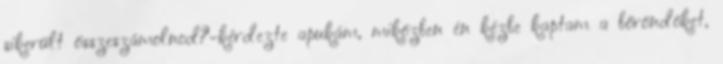
sikerült összeszámolnod?-kérdezte apukám, miközben én kézbe kaptam a bőröndöket,